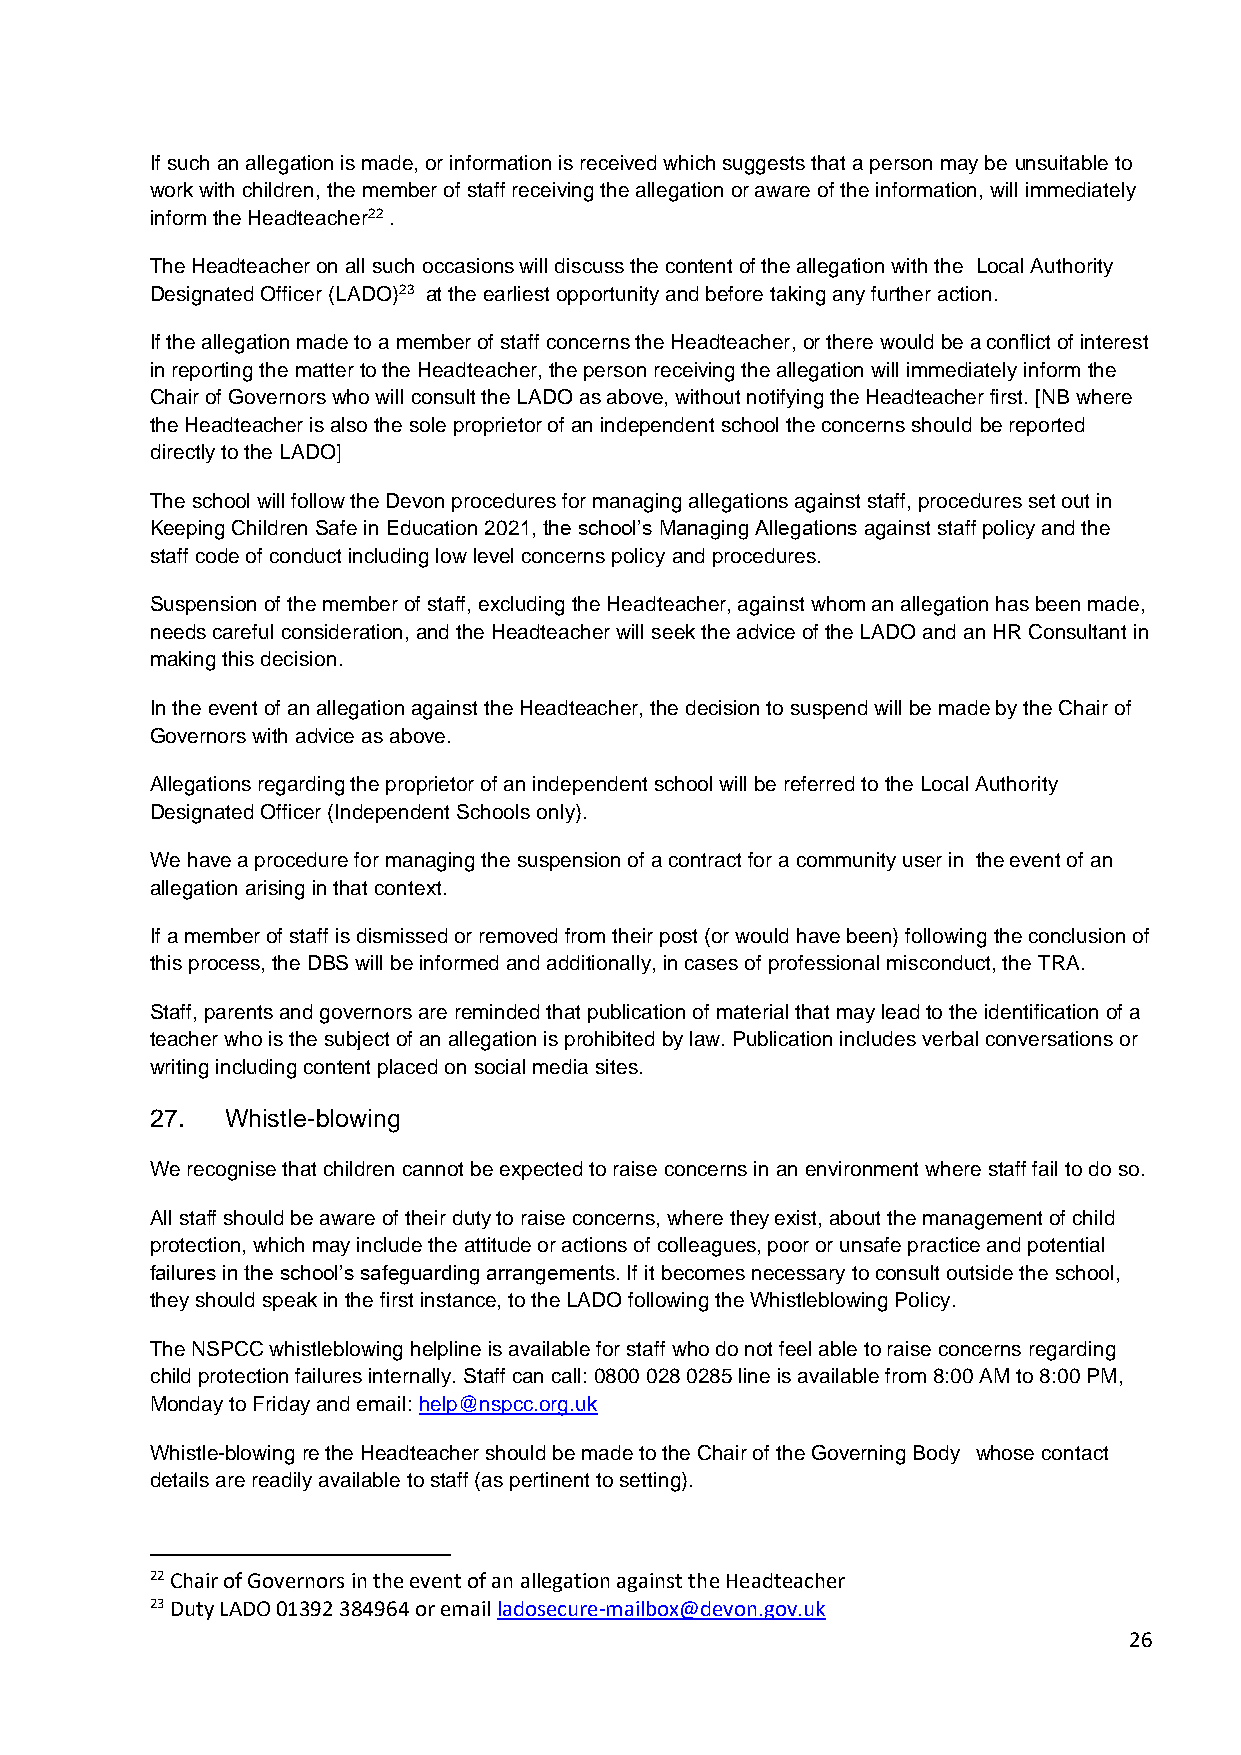
If such an allegation is made, or information is received which suggests that a person may be unsuitable to
 work with children, the member of staff receiving the allegation or aware of the information, will immediately
 inform the Headteacher22 .
 The Headteacher on all such occasions will discuss the content of the allegation with the Local Authority
 Designated Officer (LADO)23 at the earliest opportunity and before taking any further action.
 If the allegation made to a member of staff concerns the Headteacher, or there would be a conflict of interest
 in reporting the matter to the Headteacher, the person receiving the allegation will immediately inform the
 Chair of Governors who will consult the LADO as above, without notifying the Headteacher first. [NB where
 the Headteacher is also the sole proprietor of an independent school the concerns should be reported
 directly to the LADO]
 The school will follow the Devon procedures for managing allegations against staff, procedures set out in
 Keeping Children Safe in Education 2021, the school’s Managing Allegations against staff policy and the
 staff code of conduct including low level concerns policy and procedures.
 Suspension of the member of staff, excluding the Headteacher, against whom an allegation has been made,
 needs careful consideration, and the Headteacher will seek the advice of the LADO and an HR Consultant in
 making this decision.
 In the event of an allegation against the Headteacher, the decision to suspend will be made by the Chair of
 Governors with advice as above.
 Allegations regarding the proprietor of an independent school will be referred to the Local Authority
 Designated Officer (Independent Schools only).
 We have a procedure for managing the suspension of a contract for a community user in the event of an
 allegation arising in that context.
 If a member of staff is dismissed or removed from their post (or would have been) following the conclusion of
 this process, the DBS will be informed and additionally, in cases of professional misconduct, the TRA.
 Staff, parents and governors are reminded that publication of material that may lead to the identification of a
 teacher who is the subject of an allegation is prohibited by law. Publication includes verbal conversations or
 writing including content placed on social media sites.
 27.  Whistle-blowing
 We recognise that children cannot be expected to raise concerns in an environment where staff fail to do so.
 All staff should be aware of their duty to raise concerns, where they exist, about the management of child
 protection, which may include the attitude or actions of colleagues, poor or unsafe practice and potential
 failures in the school’s safeguarding arrangements. If it becomes necessary to consult outside the school,
 they should speak in the first instance, to the LADO following the Whistleblowing Policy.
 The NSPCC whistleblowing helpline is available for staff who do not feel able to raise concerns regarding
 child protection failures internally. Staff can call: 0800 028 0285 line is available from 8:00 AM to 8:00 PM,
 Monday to Friday and email: help@nspcc.org.uk
 Whistle-blowing re the Headteacher should be made to the Chair of the Governing Body whose contact
 details are readily available to staff (as pertinent to setting).
 22 Chair of Governors in the event of an allegation against the Headteacher
 23 Duty LADO 01392 384964 or email ladosecure-mailbox@devon.gov.uk
 26